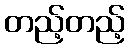
တည့်တည့်